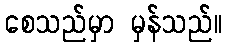
စေသည်မှာ မှန်သည်။